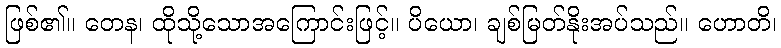
ဖြစ်၏။ တေန၊ ထိုသို့သောအကြောင်းဖြင့်။ ပိယော၊ ချစ်မြတ်နိုးအပ်သည်။ ဟောတိ၊